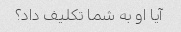
آیا او به شما تکلیف داد؟